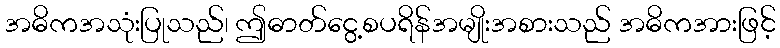
အဓိကအသုံးပြုသည်၊ ဤဓာတ်ငွေ့စပရိန်အမျိုးအစားသည် အဓိကအားဖြင့်